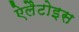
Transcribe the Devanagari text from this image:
ऐलैटोइस